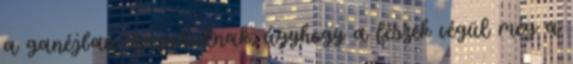
a ganéjban szaporodnak, úgyhogy a fészek végül még a